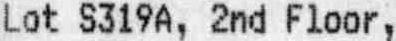
LOT S319A, 2ND FLOOR,